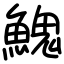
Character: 𩹷